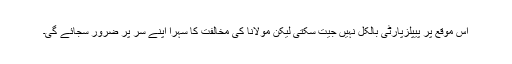
اس موقع پر پیپلزپارٹی بالکل نہیں جیت سکتی لیکن مولانا کی مخالفت کا سہرا اپنے سر پر ضرور سجائے گی۔